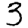
Digit: 3